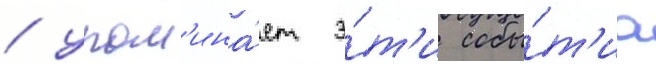
/ упом'ина́ет э́т'и собы́т'иа